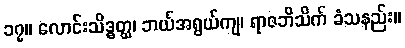
၁၇။ လောင်းသိဒ္ဓတ္ထ၊ ဘယ်အရွယ်ကျ၊ ရာဇဘိသိက် ခံသနည်း။